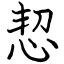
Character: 恝